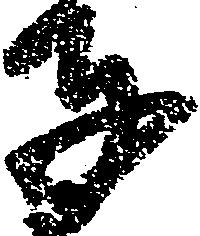
子